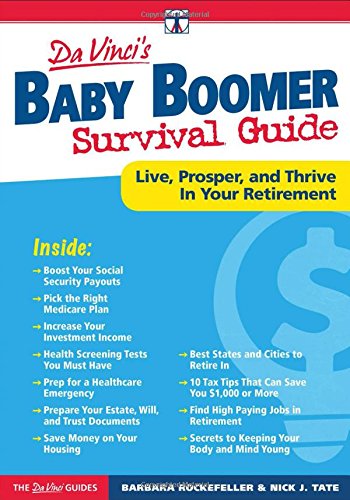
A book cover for DaVinci's Baby Boomer Survival Guide: Live, Prosper, and Thrive In Your Retirement (Davinci Guides); Barbara Rockefeller; Health, Fitness & Dieting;